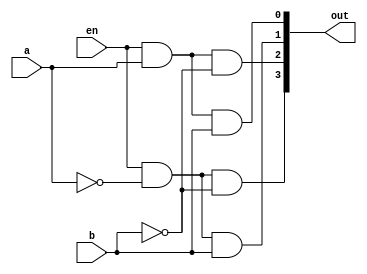

//______________________________________Dataflow modeling

module decoder_2_4 (a,b,en,out);
	input a,b,en;
	output [0:3]out;
	wire a_bar, b_bar;
	
	assign a_bar = ~a;
	assign b_bar = ~b;
		
	
	assign out[0] = en & a_bar & b_bar;
	assign out[1] = en & a & b_bar;
	assign out[2] = en & a_bar & b;
	assign out[3] = en & a & b;	

endmodule

/*

// _____________________________________Behavioral modeling 

module decoder_2_4 (a,b,en,out);
	input a,b,en;
	output reg [0:3]out;
	reg a_bar, b_bar;
	
	always@(a,b,en)
		begin
			a_bar = ~a;
			b_bar = ~b;
		
			out[0] = en & a_bar & b_bar;
			out[1] = en & a & b_bar;
			out[2] = en & a_bar & b;
			out[3] = en & a & b;	
	   	  end
endmodule


//_________________________________Structural / gatelevel modeling

module decoder_2_4 (a,b,en,out);
	input a,b,en;
	output [0:3]out;
	wire a_bar, b_bar;
	
	not na (a_bar,a),
	    nb (b_bar,b);
		
	
	and g1 (out[0],en,a_bar,b_bar),
	    g2 (out[1],en,a,b_bar),
	    g3 (out[2],en,a_bar,b),
	    g4 (out[3],en,a,b);	

endmodule  
*/